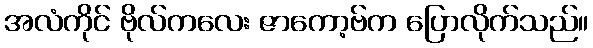
အလံကိုင် ဗိုလ်ကလေး ဇာကော့ဗ်က ပြောလိုက်သည်။